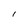
Character: I